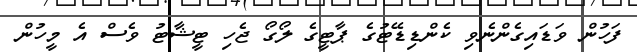
ފަހުން ވަޑައިގެންނެވި ކެންޑިޑޭޓުގެ ޕާޓީގެ ލޯގޯ ޖެހި ޓީޝާޓު ވެސް އެ މީހުން